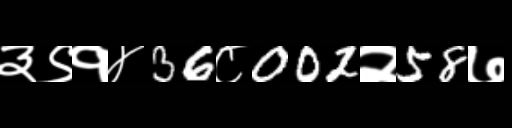
Text: ३९१४36८002२58७